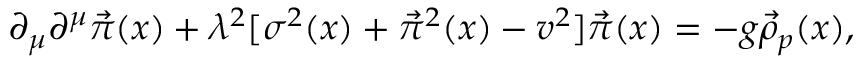
\partial _ { \mu } \partial ^ { \mu } \vec { \pi } ( x ) + \lambda ^ { 2 } [ \sigma ^ { 2 } ( x ) + \vec { \pi } ^ { 2 } ( x ) - v ^ { 2 } ] \vec { \pi } ( x ) = - g \vec { \rho } _ { p } ( x ) ,